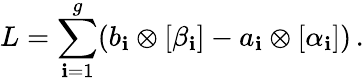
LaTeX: L=\sum_{\mathbf{i}=1}^{g}(b_{\mathbf{i}}\otimes[\beta_{\mathbf{i}}]-a_{\mathbf{i}}\otimes[\alpha_{\mathbf{i}}])\, .